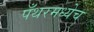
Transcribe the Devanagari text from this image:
पँथरमध्येच